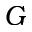
G